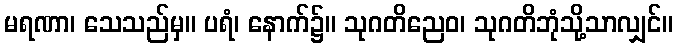
မရဏာ၊ သေသည်မှ။ ပရံ၊ နောက်၌။ သုဂတိညေဝ၊ သုဂတိဘုံသို့သာလျှင်။